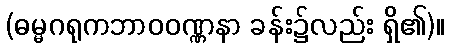
(ဓမ္မဂရုကဘာဝဝဏ္ဏနာ ခန်း၌လည်း ရှိ၏)။